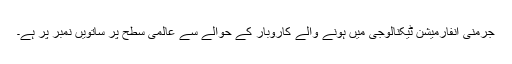
جرمنی انفارمیشن ٹیکنالوجی میں ہونے والے کاروبار کے حوالے سے عالمی سطح پر ساتویں نمبر پر ہے۔